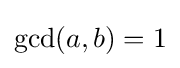
\gcd(a,b)=1